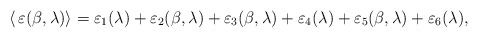
\begin{align*}\langle\,\varepsilon(\beta,\lambda)\rangle=\varepsilon_{1}(\lambda)+\varepsilon_{2}(\beta,\lambda)+\varepsilon_{3}(\beta,\lambda)+\varepsilon_{4}(\lambda)+\varepsilon_{5}(\beta,\lambda)+\varepsilon_{6}(\lambda),\end{align*}